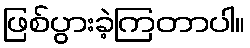
ဖြစ်ပွားခဲ့ကြတာပါ။